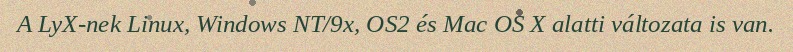
A LyX-nek Linux, Windows NT/9x, OS2 és Mac OS X alatti változata is van.